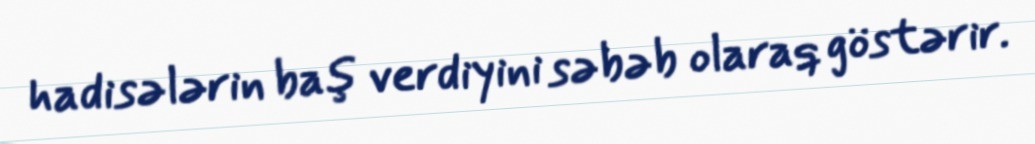
hadisələrin baş verdiyini səbəb olaraq göstərir.